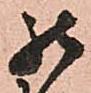
罷